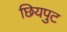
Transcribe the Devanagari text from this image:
छियपुट